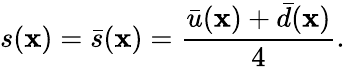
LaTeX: s(\mathbf{x})=\bar{{s}}(\mathbf{x})=\frac{{\bar{{u}}(\mathbf{x})+\bar{{d}}(\mathbf{x})}}{{4}}.